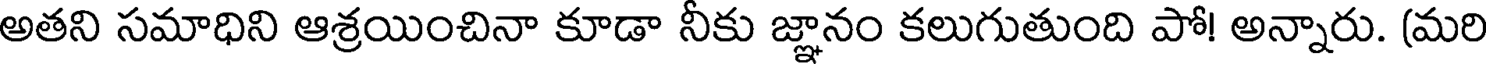
అతని సమాధిని ఆశ్రయించినా కూడా నీకు జ్ఞానం కలుగుతుంది పో! అన్నారు. (మరి